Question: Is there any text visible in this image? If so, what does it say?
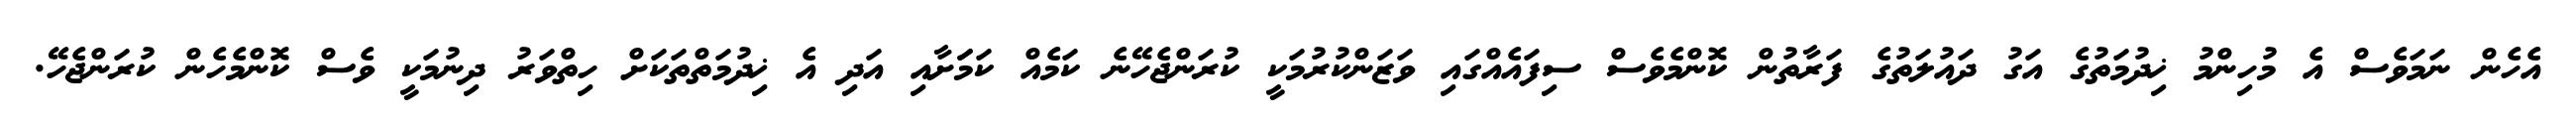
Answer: އެހެން ނަމަވެސް އެ މުހިންމު ޚިދުމަތުގެ އަގު ދައުލަތުގެ ފަރާތުން ކޮންމެވެސް ސިފައެއްގައި ވަޒަންކުރުމަކީ ކުރަންޖެހޭނެ ކަމެއް ކަމަަށާއި އަދި އެ ޚިދުމަތްތަކަށް ހިތްވަރު ދިނުމަކީ ވެސް ކޮންމެހެން ކުރަންޖެހޭ.